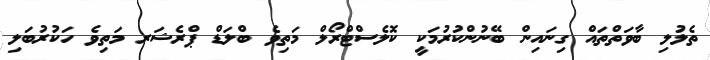
ތެލުލި ބާވަތްތައް ގިނައިން ބޭނުންކުރުމަކީ ކޮލެސްޓްރޯލް މަތިވެ ބްލަޑް ޕްރެޝަަރ މަތިވެ ހަކުރުބަލި